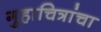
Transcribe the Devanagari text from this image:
गुहाचित्रांचा